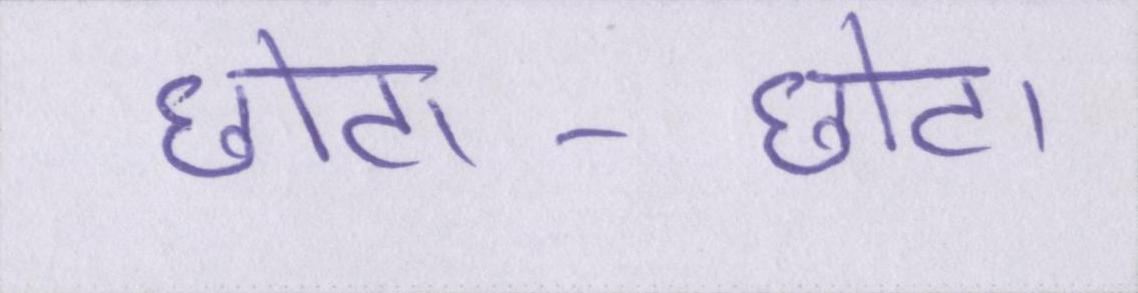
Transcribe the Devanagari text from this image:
छोटा-छोटा